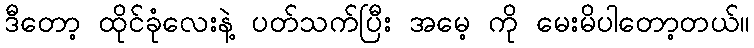
ဒီတော့ ထိုင်ခုံလေးနဲ့ ပတ်သက်ပြီး အမေ့ ကို မေးမိပါတော့တယ်။